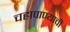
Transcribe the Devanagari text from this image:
चहापाण्याची